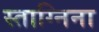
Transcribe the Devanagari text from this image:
स्ताग्निना